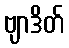
ဗျာဒိတ်